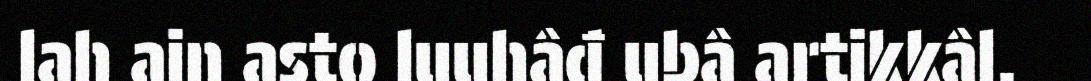
lah ain asto luuhâđ ubâ artikkâl.